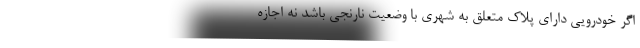
اگر خودرویی دارای پلاک متعلق به شهری با وضعیت نارنجی باشد نه اجازه